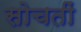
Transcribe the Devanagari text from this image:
सोचतीं